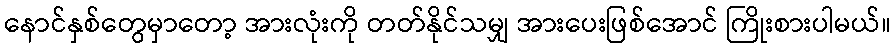
နောင်နှစ်တွေမှာတော့ အားလုံးကို တတ်နိုင်သမျှ အားပေးဖြစ်အောင် ကြိုးစားပါမယ်။